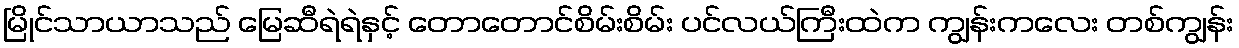
မြိုင်သာယာသည် မြေဆီရဲရဲနှင့် တောတောင်စိမ်းစိမ်း ပင်လယ်ကြီးထဲက ကျွန်းကလေး တစ်ကျွန်း